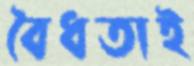
বৈধতাই